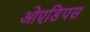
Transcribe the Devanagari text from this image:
ओएडिपस